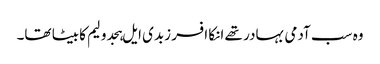
وہ سب آدمی بہادر تھے انکا افسر زبدی ایل ہجدولیم کا بیٹا تھا۔